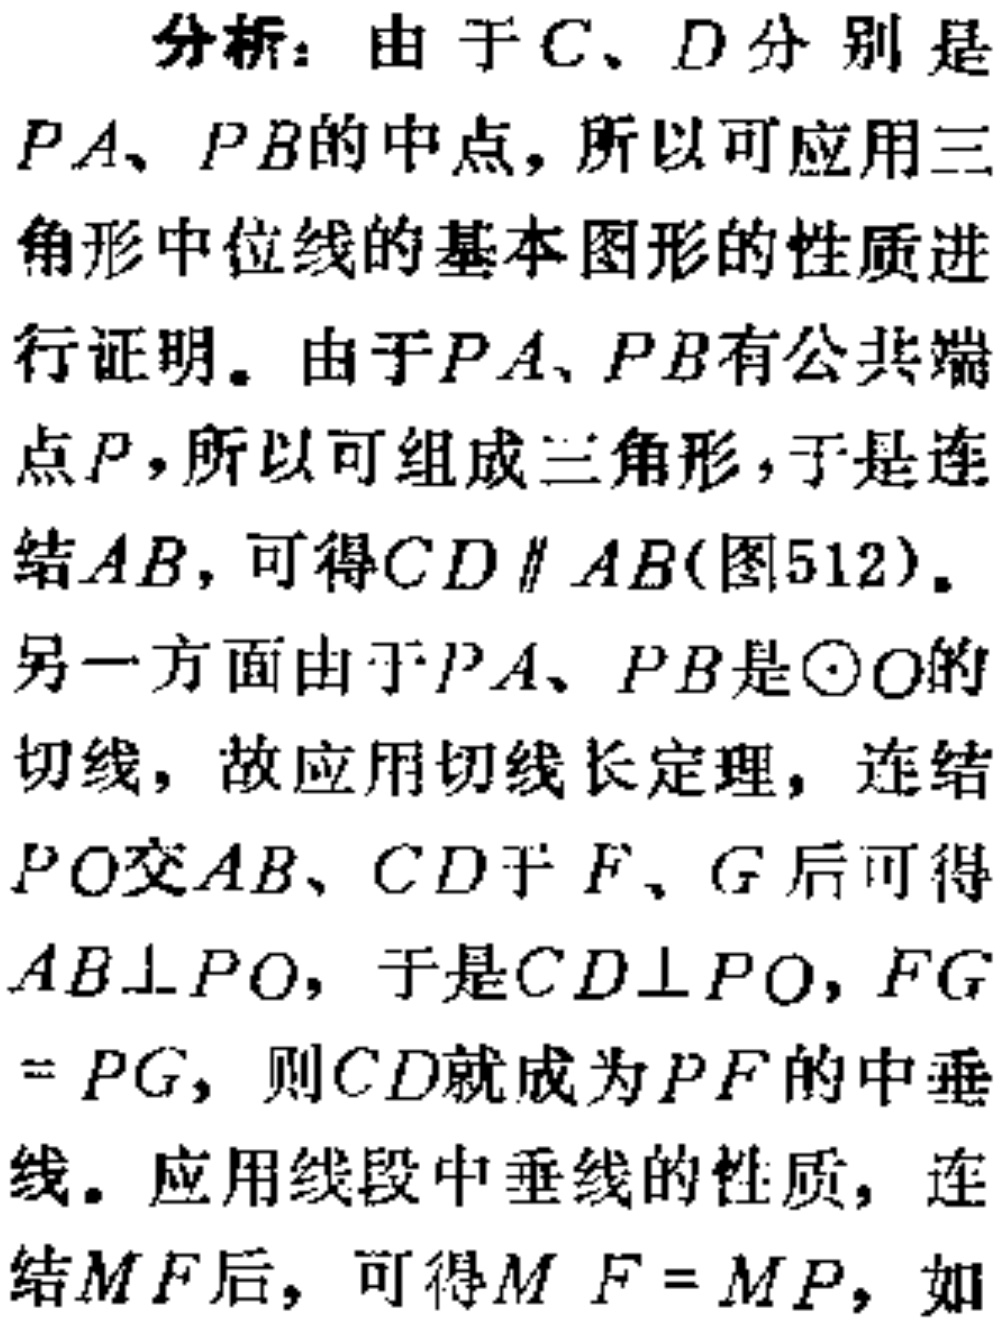
分析：由于\(C、D\)分别是
\(PA、PB\)的中点，所以可应用三
角形中位线的基本图形的性质进
行证明。由于\(PA、PB\)有公共端
点\(P\)，所以可组成三角形，于是连
结\(AB\)，可得\(CD\parallel AB\)(图512)。
另一方面由于\(PA、PB\)是\(\odot O\)的
切线，故应用切线长定理，连结
\(PO\)交\(AB、CD\)于\(F、G\)后可得
\(AB\perp PO\)，于是\(CD\perp PO\)，\(FG\)
\( = PG\)，则\(CD\)就成为\(PF\)的中垂
线。应用线段中垂线的性质，连
结\(MF\)后，可得\(M F = MP\)，如